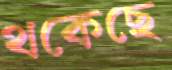
থকেছে